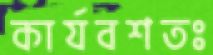
কার্যবশতঃ